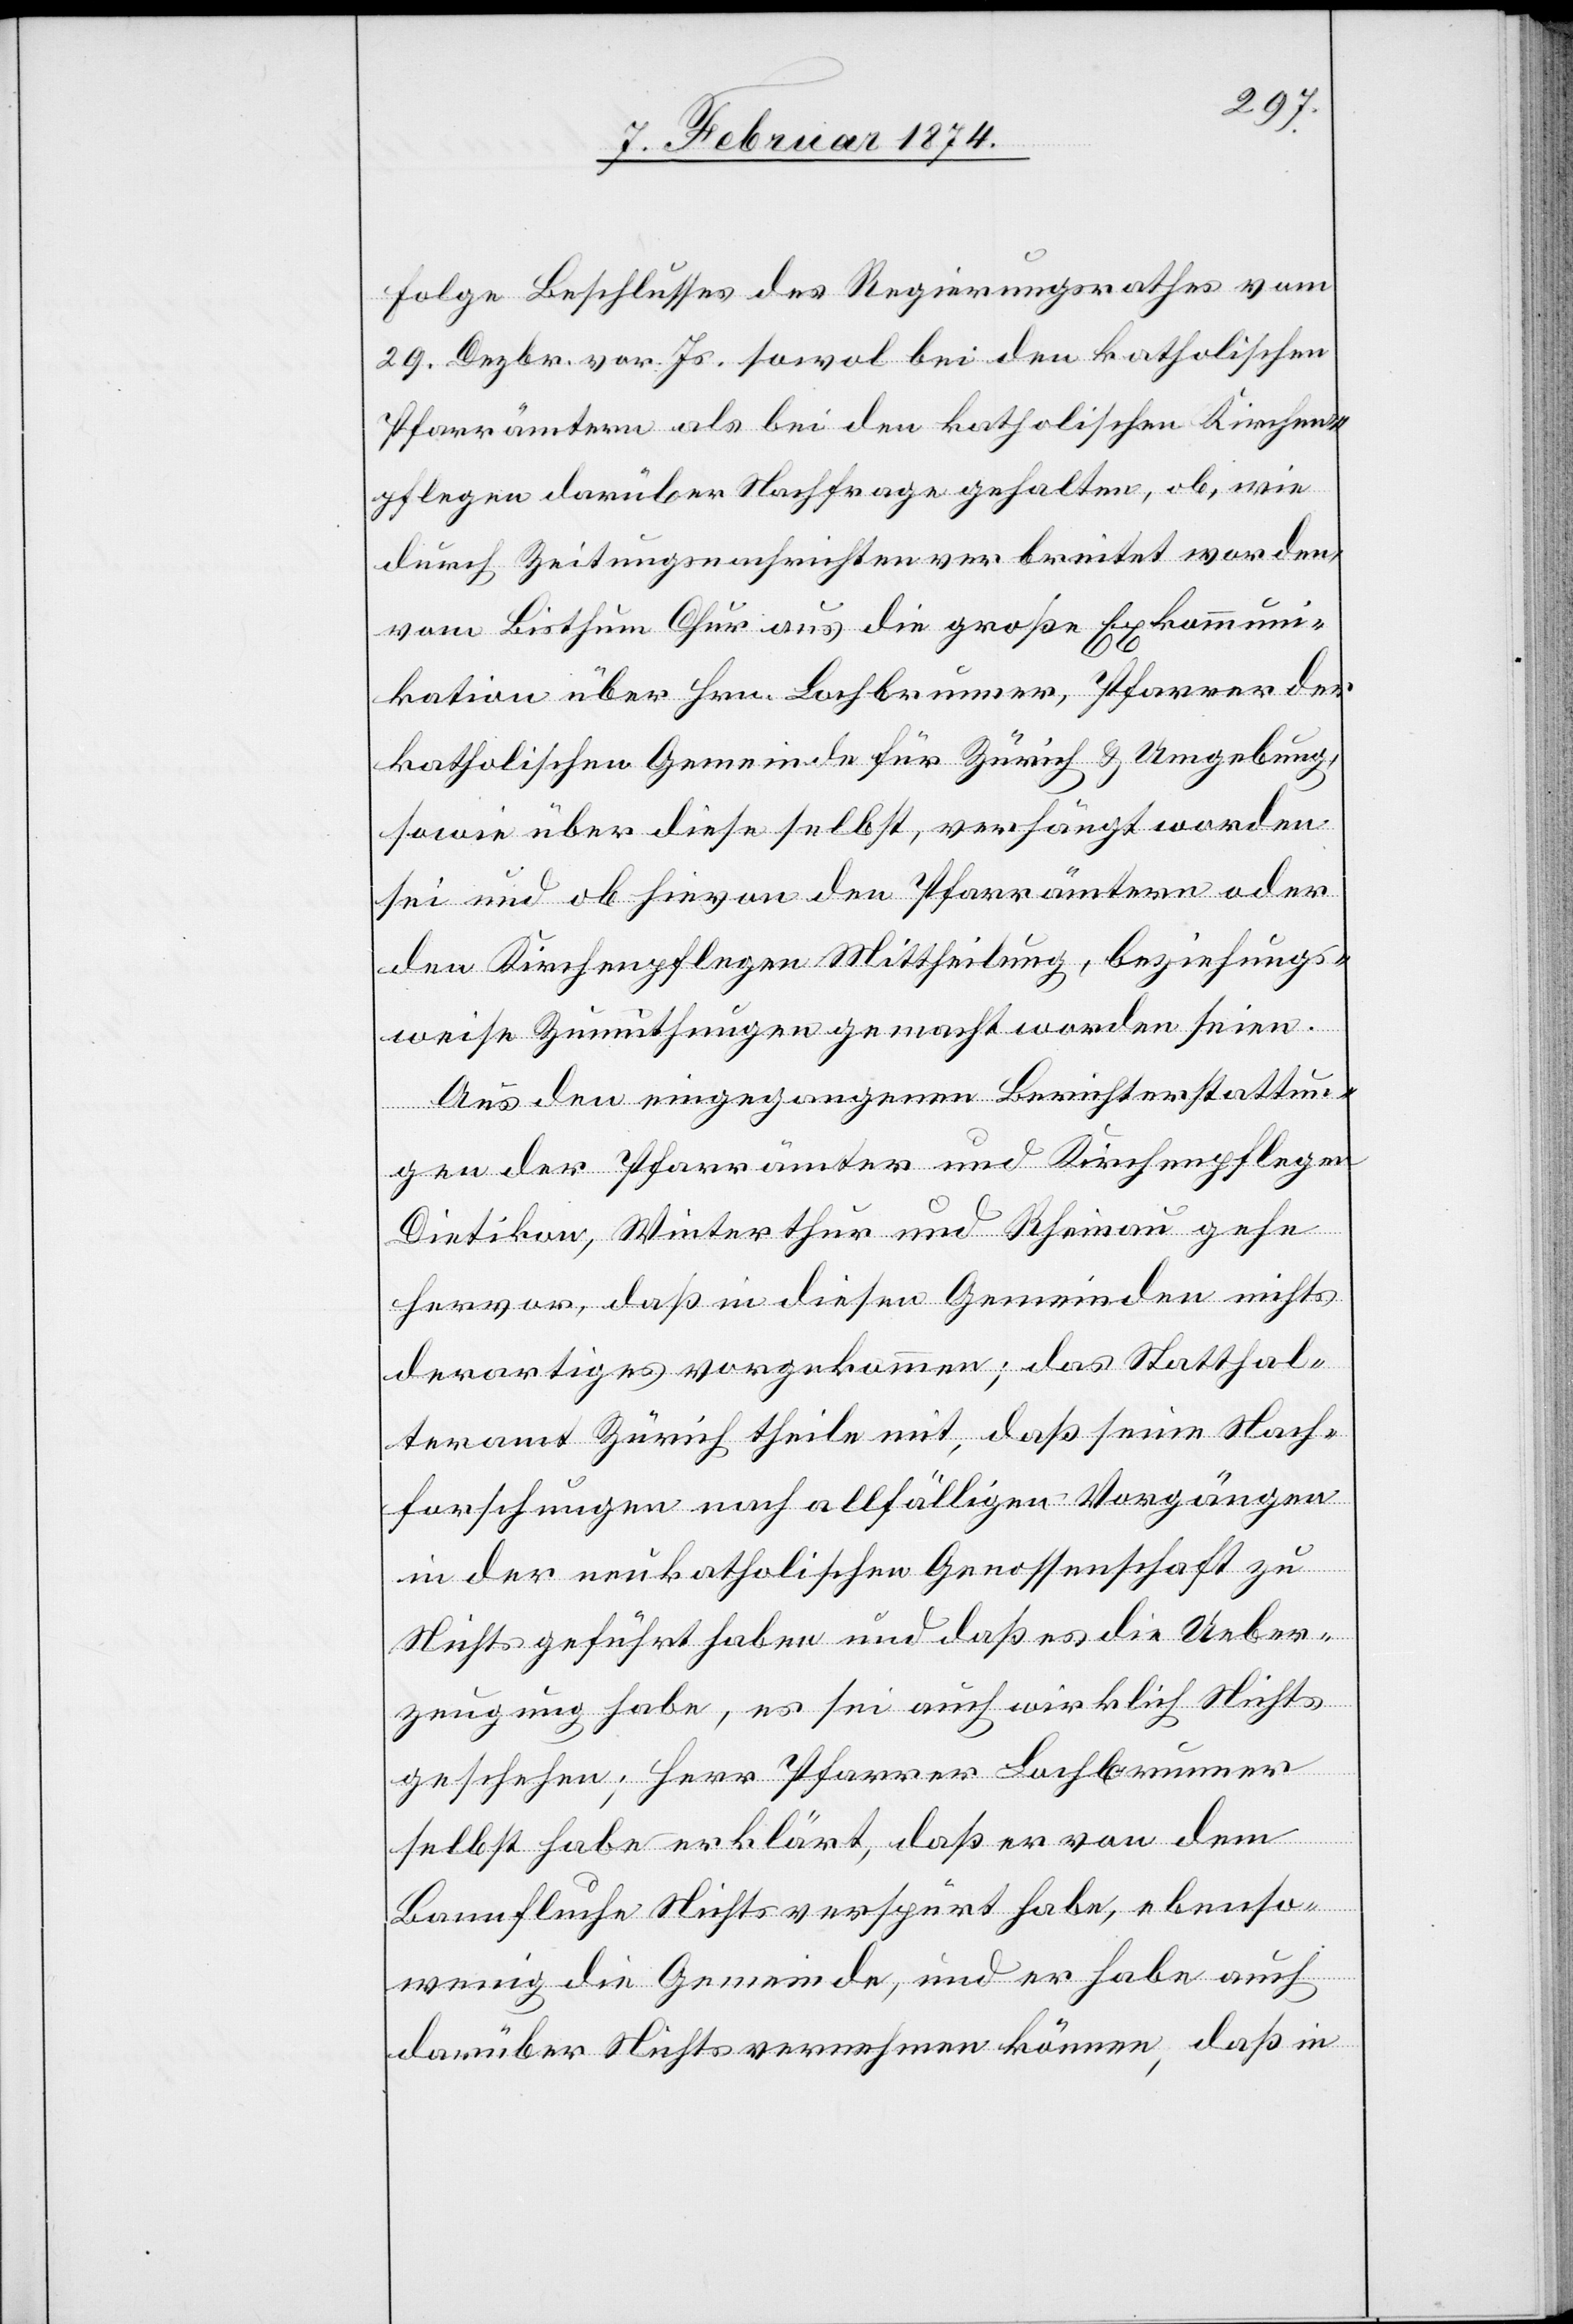
Folge Beschlusses des Regierungsrathes vom
29. Dezbr. vor. Js. sowol bei den katholischen
Pfarrämtern als bei den katholischen Kirchen¬
pflegen darüber Nachfrage gehalten, ob, wie
durch Zeitungsnachrichten verbreitet worden,
vom Bisthum Chur aus die große Exkommuni¬
kation über Hrn. Lochbrunner, Pfarrer der
katholischen Gemeinde für Zürich u. Umgebung,
sowie über diese selbst, verhängt worden
sei und ob hievon den Pfarrämtern oder
den Kirchenpflegen Mittheilung, beziehungs¬
weise Zumuthungen gemacht worden seien.
Aus den eingegangenen Berichterstattun¬
gen der Pfarrämter und Kirchenpflege
Dietikon, Winterthur und Rheinau gehe
hervor, daß in diesen Gemeinden nichts
derartiges vorgekommen; das Statthal¬
teramt Zürich theile mit, daß seine Nach¬
forschungen nach allfälligen Vorgängen
in der neukatholischen Genossenschaft zu
Nichts geführt haben und daß es die Ueber¬
zeugung habe, es sei auch wirklich Nichts
geschehen; Herr Pfarrer Lochbrunner
selbst habe erklärt, daß er von dem
Bannfluche Nichts verspürt habe, ebenso¬
wenig die Gemeinde, und er habe auch
darüber Nichts vernehmen können, daß in